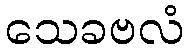
သေခဗလံ